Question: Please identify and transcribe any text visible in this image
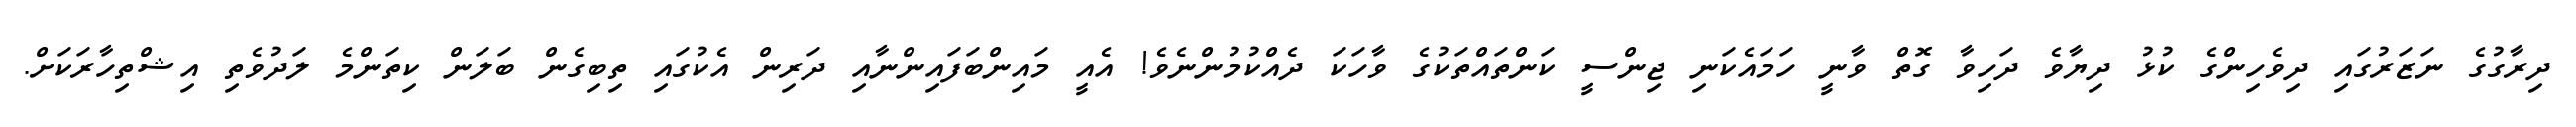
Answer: ދިރާގުގެ ނަޒަރުގައި ދިވެހިންގެ ކުޅު ދިޔާވެ ދަހިވާ ގޮތް ވާނީ ހަމައެކަނި ޖިންސީ ކަންތައްތަކުގެ ވާހަކަ ދެއްކުމުންނެވެ! އެއީ މައިންބަފައިންނާއި ދަރިން އެކުގައި ތިބިގެން ބަލަން ކިތަންމެ ލަދުވެތި އިޝްތިހާރަކަށް.